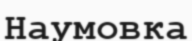
Наумовка